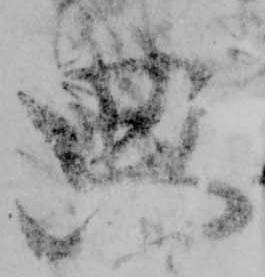
典